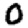
Digit: 0